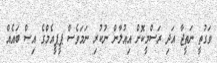
ވަގުތީ ނަތީޖާ އަދި ރަސްމީކޮށް އިއުލާން ނުކުރި ނަމަވެސް ޕީޕީއެމްގެ އިސް ބައެއް